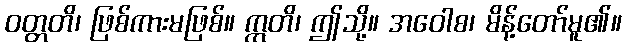
ဝတ္တတိ၊ ဖြစ်ကားမဖြစ်။ ဣတိ၊ ဤသို့။ အဝေါစ၊ မိန့်တော်မူ၏။